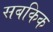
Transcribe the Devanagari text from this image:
सबकिक